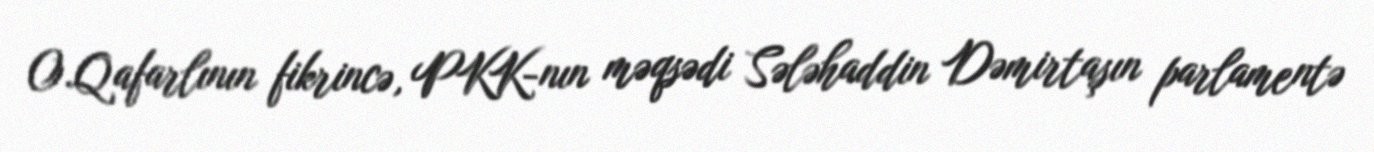
O.Qafarlının fikrincə, PKK-nın məqsədi Sələhaddin Dəmirtaşın parlamentə